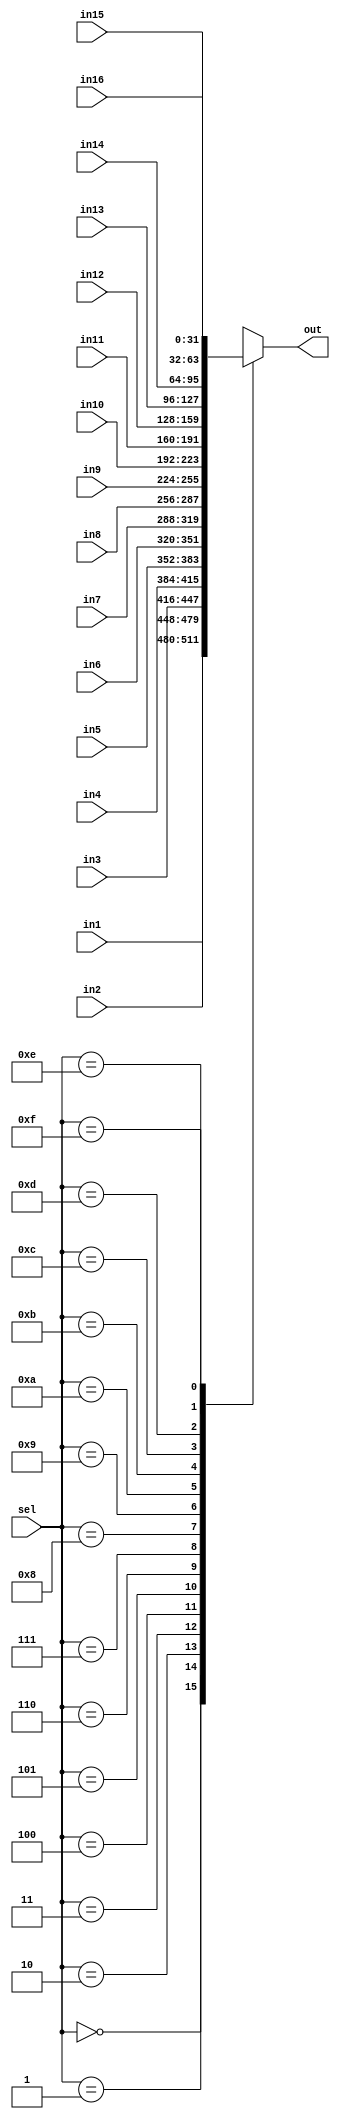
module MUX(in1, in2, in3, in4, in5, in6, in7, in8, in9, in10, in11, in12, in13, in14, in15, in16, sel, out);

input [31:0] in1, in2, in3, in4, in5, in6, in7, in8, in9, in10, in11, in12, in13, in14, in15, in16;
input [3:0] sel;
output [31:0] out;

reg [31:0] out;

always @*
begin
    
    case(sel)
        4'b0000: out = in1;
        4'b0001: out = in2;
        4'b0010: out = in3;
        4'b0011: out = in4;
        4'b0100: out = in5;
        4'b0101: out = in6;
        4'b0110: out = in7;
        4'b0111: out = in8;
        4'b1000: out = in9;
        4'b1001: out = in10;
        4'b1010: out = in11;
        4'b1011: out = in12;
        4'b1100: out = in13;
        4'b1101: out = in14;
        4'b1110: out = in15;
        4'b1111: out = in16;
        default: out = 32'bxxxxxxxxxxxxxxxxxxxxxxxxxxxxxxxx;
    endcase

end

endmodule